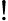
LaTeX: !